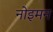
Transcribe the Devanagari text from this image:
नोइमन